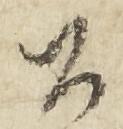
公